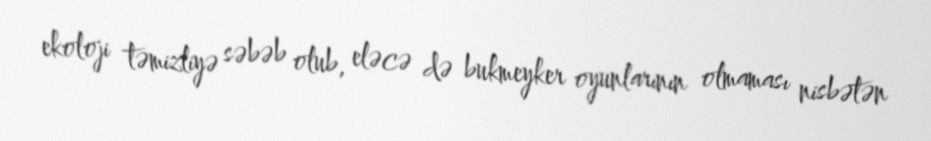
ekoloji təmizliyə səbəb olub, eləcə də bukmeyker oyunlarının olmaması nisbətən